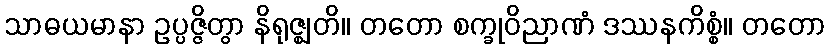
သာဓယမာနာ ဥပ္ပဇ္ဇိတွာ နိရုဇ္ဈတိ။ တတော စက္ခုဝိညာဏံ ဒဿနကိစ္စံ။ တတော